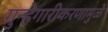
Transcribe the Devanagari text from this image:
गुन्हेगारीकरणामुळे